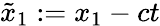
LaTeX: \tilde{x}_{1}:=x_{1}-ct